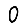
Digit: 0